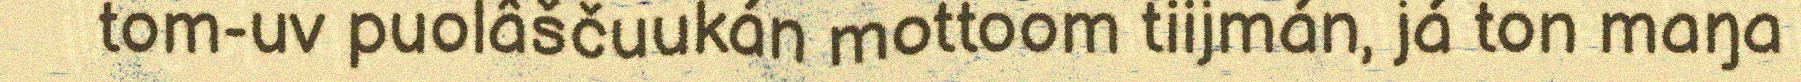
tom-uv puolâščuukán mottoom tiijmán, já ton maŋa